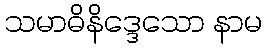
သမာဓိနိဒ္ဒေသော နာမ